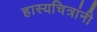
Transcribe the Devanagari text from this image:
हास्यचित्रांनी